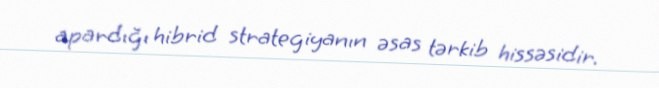
apardığı hibrid strategiyanın əsas tərkib hissəsidir.